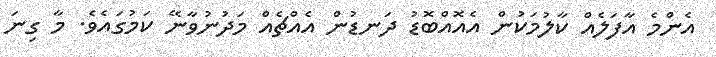
އެންމެ އާފަލެއް ކާލުމަކުން އެއޮއްބޮޑު ދަނޑުން އެއްޗެއް މަދުނުވާނޭ ކަމުގައެވެ. މާ ގިނަ